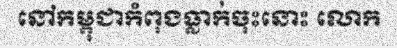
នៅកម្ពុជាកំពុងធ្លាក់ចុះនោះ លោក